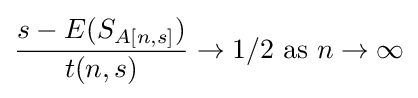
{\frac {s-E(S_{A[n,s]})}{t(n,s)}}\to 1/2{\rm {~as~}}n\to \infty